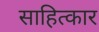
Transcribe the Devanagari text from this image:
साहित्कार